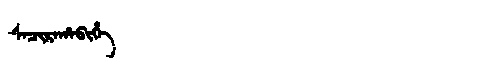
Manchu: ᠰᠠᠴᡳᡵᠠᡥᠠᠪᡳᡥᡝ
Romanization: SACIRAHABIHE